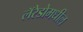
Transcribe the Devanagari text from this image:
लॅरेडोमधील